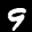
Label: 9